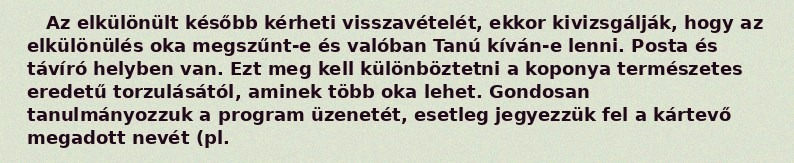
Az elkülönült később kérheti visszavételét, ekkor kivizsgálják, hogy az elkülönülés oka megszűnt-e és valóban Tanú kíván-e lenni. Posta és távíró helyben van. Ezt meg kell különböztetni a koponya természetes eredetű torzulásától, aminek több oka lehet. Gondosan tanulmányozzuk a program üzenetét, esetleg jegyezzük fel a kártevő megadott nevét (pl.